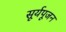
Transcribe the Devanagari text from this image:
सूर्यपूजन